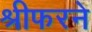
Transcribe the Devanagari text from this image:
श्रीफरने